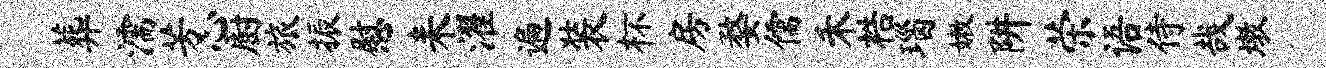
葬濡芳心厨旅振慰耒濯遍装杯房婺儒禾梏瑙嫩阱荣语侍哉墩